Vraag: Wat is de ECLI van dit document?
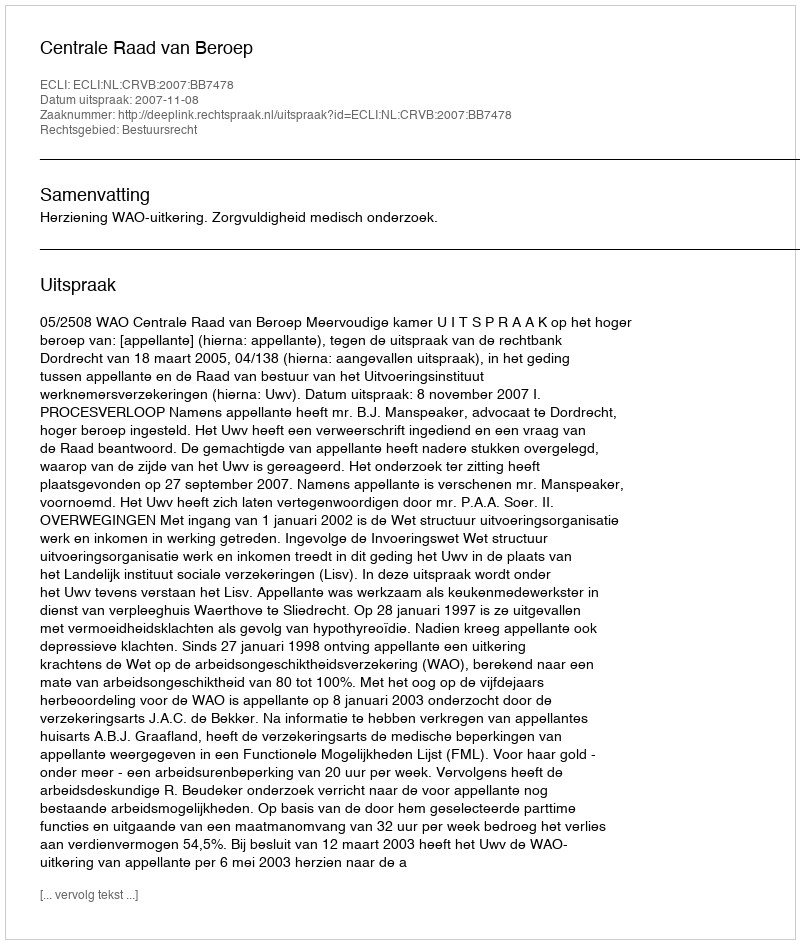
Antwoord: ECLI:NL:CRVB:2007:BB7478